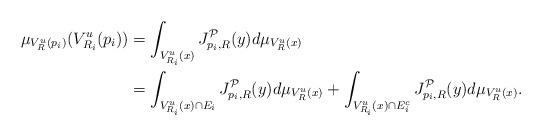
LaTeX: \begin{align*} \mu_{V^u_R(p_i)}(V^u_{R_i}(p_i)) & = \int_{V^u_{R_i}(x)}J_{p_i, R}^{\mathcal{P}}(y) d\mu_{V^u_{R}(x)} \\ & = \int_{V^u_{R_i}(x) \cap E_i}J_{p_i, R}^{\mathcal{P}} (y) d\mu_{V^u_{R}(x)} + \int_{V^u_{R_i}(x) \cap E_i^c}J_{p_i, R}^{\mathcal{P}}(y) d\mu_{V^u_{R}(x)}. \end{align*}